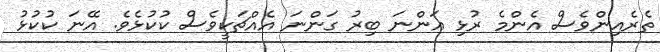
ތެރެއިންވެސް އެންމެ ރުޅި އަންނަ ބިރު ގަންނަ އެއްޗަކީވެސް ކުކުޅެވެ. އޭނަ ކުކުޅު